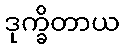
ဒုက္ခိတာယ